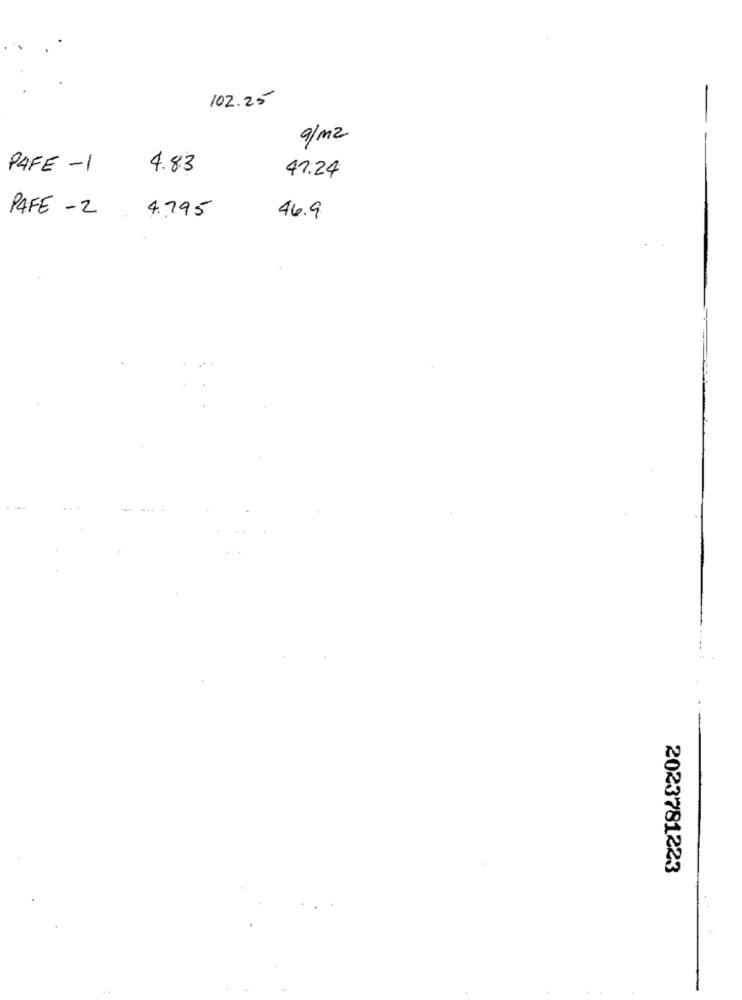
-
102.25
9/m2
PAFE -1
4.83
47.24
PAFE - 2
4.795
46.9
2023781223